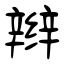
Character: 辫